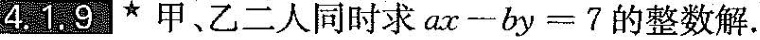
4.1.9 *甲乙二人同时求$$ a x - b y = 7$$的整数解.